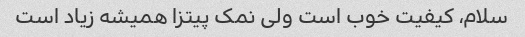
سلام، کیفیت خوب است ولی نمک پیتزا همیشه زیاد است